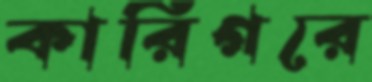
কারিগরে